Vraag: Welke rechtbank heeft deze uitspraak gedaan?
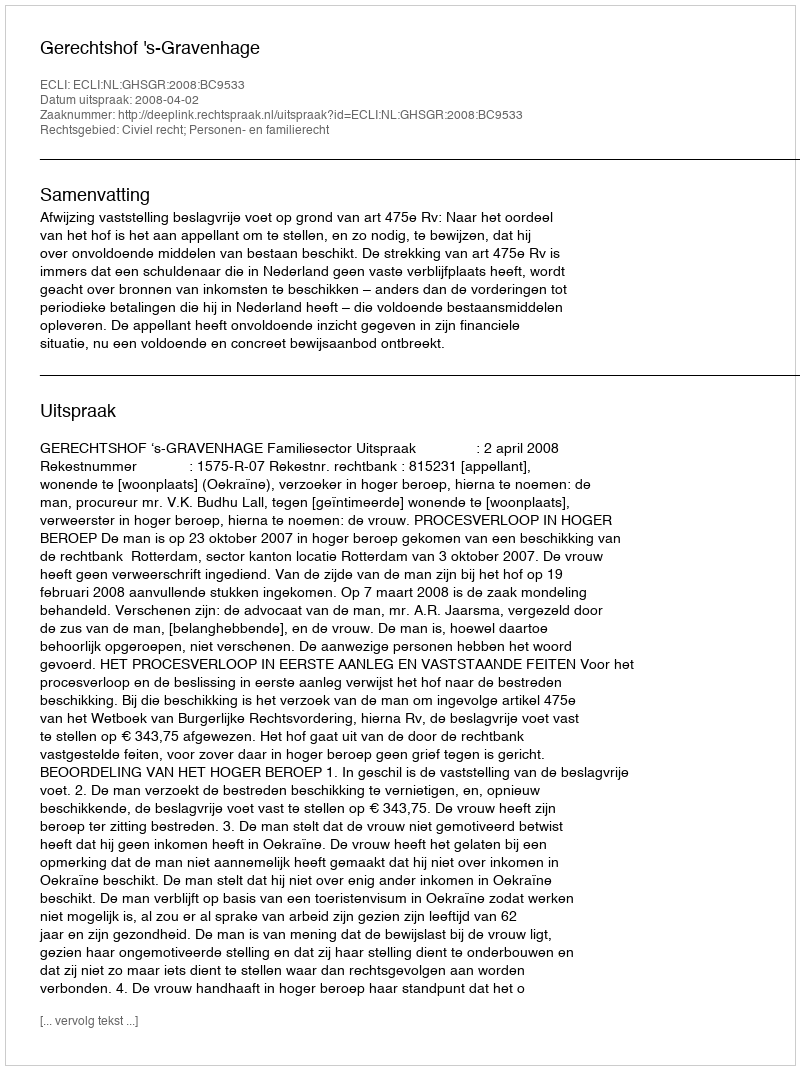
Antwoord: Gerechtshof 's-Gravenhage